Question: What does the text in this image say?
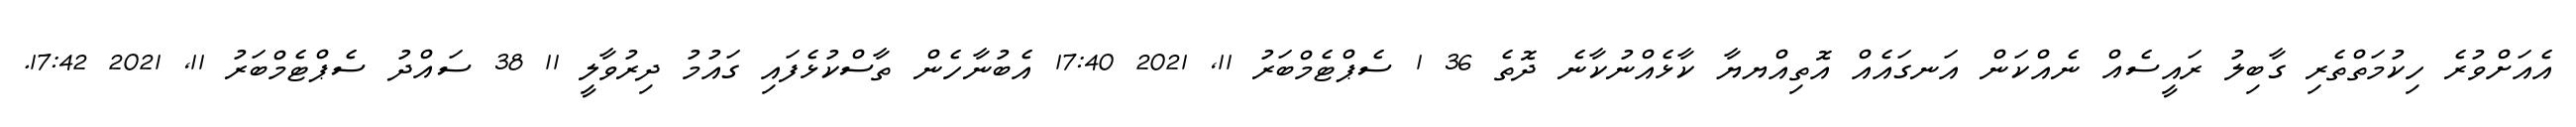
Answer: އެއަށްވުރެ ހިކުމަތްތެރި ގާބިލު ރައީސެއް ނެއްކަން އަނގައެއް އޮތިއްޔޔާ ކާޅެއްނުކާނެ ދޮތެ 36 1 ސެޕްޓެމްބަރު 11, 2021 17:40 އެބުނާހެން ތާސްކުޅެފައި ގައުމު ދިރުވާލީ 11 38 ސައްދު ސެޕްޓެމްބަރު 11, 2021 17:42.